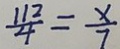
\frac { 1 1 2 } { 4 } = \frac { x } { 7 }